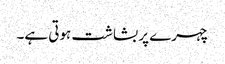
چہرے پر بشاشت ہوتی ہے۔